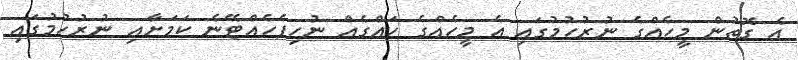
އެ ގޮތުން މީހެއްގެ ނުރުހުމުގައި އެ މީހެއްގެ ހައްގެއް ނުހިފެހެއްޓޭނެ ކަމަށާއި ނުރުހުމުގައި